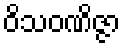
ဝိသဝဏိဇ္ဇာ